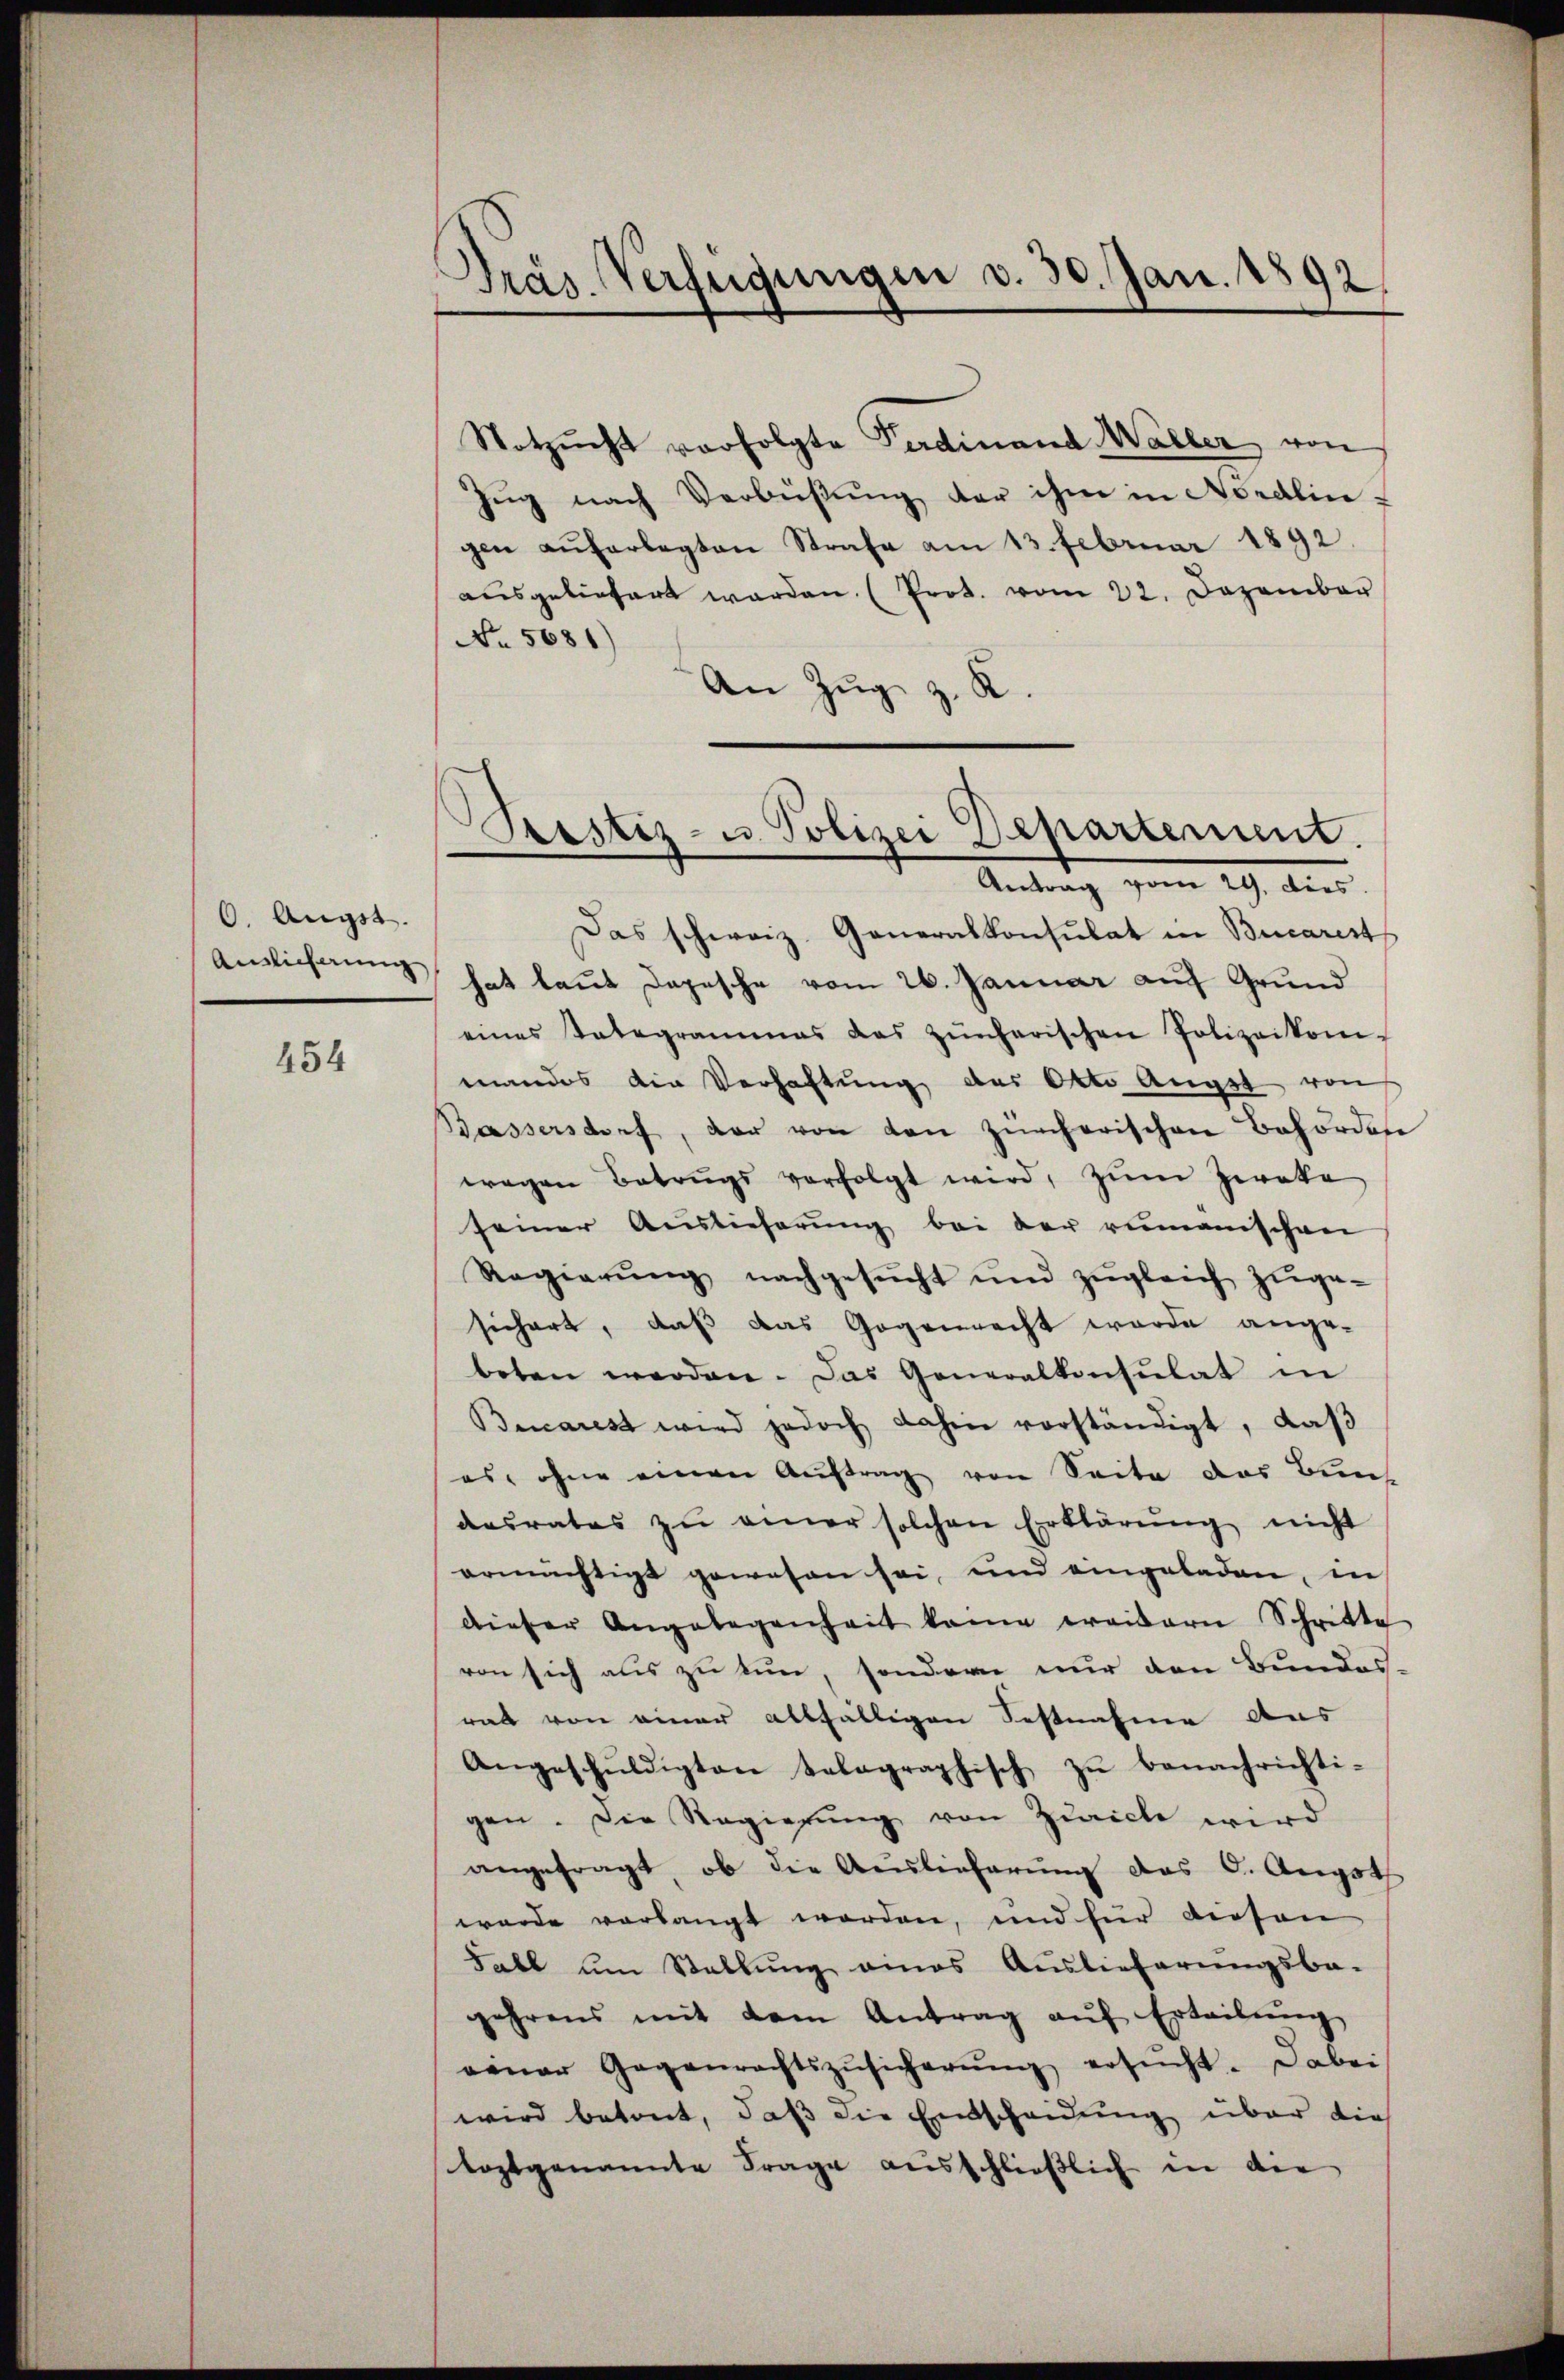
6. Augst.
Auslieferung

454

Präs. Verfügungen v. 30. Jan. 1892.

Notzŭcht verfolgte Ferdinand Waller von
Zŭg nach Verbüßung der ihm in Nordlin-
gen auferlegten Strafe am 13. Februar 1892
ausgeliefert werden (Prot. vom 22. Dezember
No. 5681)
An Zŭg z. K.
Das schweiz. Generalkonsulat in Bucarest
hat laut Depesche vom 26. Januar auf Grund
eines Telegrammes das zürcherischen Polizeikom-
mandos die Verhaftung des Otto Angst von
Bassersdorf, der von den zürcherischen Behörden
wegen Betrugs verfolgt wird, zŭm Zweke
seiner Auslieferung bei der rumanischen
Regierŭng nachgesŭcht und zŭgleich zŭge-
sichert, daß das Gegenrecht werde ange-
beten werden. Das Generalkonsulat in
Biarest wird jedoch dahin vorständigt, daß
es, ohne einen Aŭftrag von Seite das Bun
aesrates zŭ einer solchen Erklärŭng nicht
ermächtigt gewesen sei, und eingeladen, in
dieser Angelegenheit kam weitern Schritte
von sich aus zu tun, sondern nur den Bundes-
rat von einer allfälligen Festnahme aus
Angeschŭldigten telegraphisch zŭ benachrichti-
gen. Die Regierung von Zürich wird
angefragt, ob die Auslieferŭng des C. Angsth
wurde vorlangt worden, und für diesen
Fabl um Stellung eines Auslieferungsba-
gehrens mit dem Antrag aŭf Erteilŭng
einer Gegenrechtszŭsicherŭng ersŭcht. Dabei
wird betont, daß die Einscheidung über die
toptgenannte Frage ausschließlich in die

Prostiz- u Polizei Departement.
Antrag vom 29. Aus